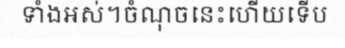
ទាំងអស់។ចំណុចនេះហើយទើប